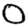
Digit: 0